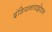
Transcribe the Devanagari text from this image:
इंडियनायझेशन